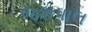
જશપાલ